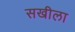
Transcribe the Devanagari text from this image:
सखीला